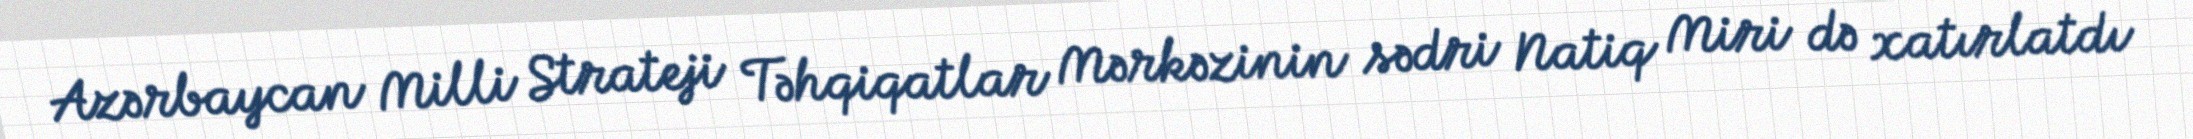
Azərbaycan Milli Strateji Təhqiqatlar Mərkəzinin sədri Natiq Miri də xatırlatdı